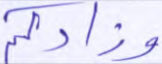
وزادكم